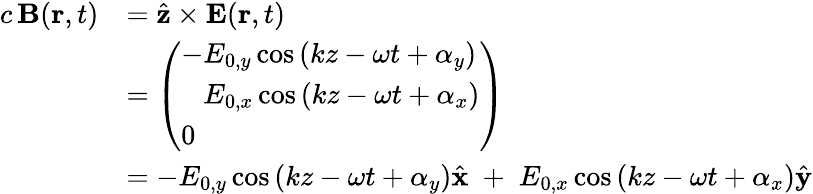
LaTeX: {\begin{array}{rl}{c\, \mathbf{B}(\mathbf{r},t)}&{={\hat{\mathbf{z}}}\times\mathbf{E}(\mathbf{r},t)}\\ &{={\left(\begin{array}{l}{-E_{0,y}\cos\left(kz-\omega t+\alpha_{y}\right)}\\ {{\hphantom{-}}E_{0,x}\cos\left(kz-\omega t+\alpha_{x}\right)}\\ {0}\end{array}\right)}}\\ &{=-E_{0,y}\cos\left(kz-\omega t+\alpha_{y}\right){\hat{\mathbf{x}}}\; +\; E_{0,x}\cos\left(kz-\omega t+\alpha_{x}\right){\hat{\mathbf{y}}}}\end{array}}